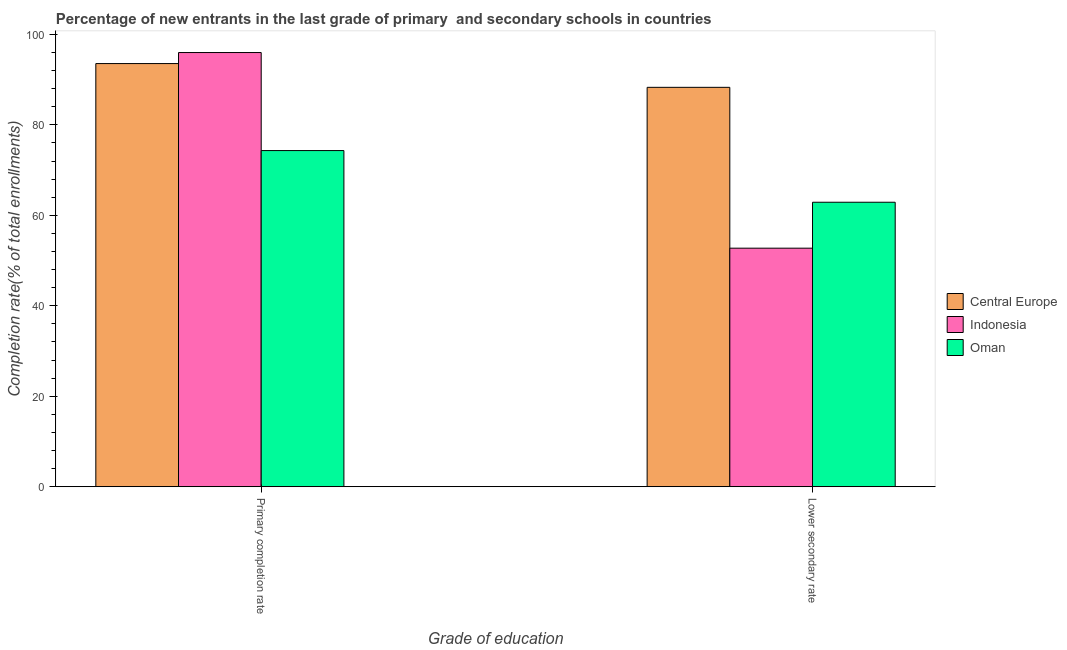
| Grade of education | Central Europe | Indonesia | Oman |
 | --- | --- | --- | --- |
 | Primary completion rate | 93.5 | 96 | 74.3 |
 | Lower secondary rate | 88.3 | 52.7 | 62.9 |